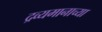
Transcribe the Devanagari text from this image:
द्रव्यमानाच्या